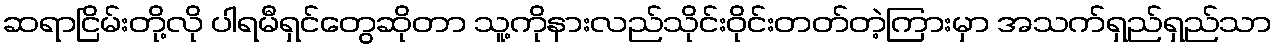
ဆရာငြိမ်းတို့လို ပါရမီရှင်တွေဆိုတာ သူ့ကိုနားလည်သိုင်းဝိုင်းတတ်တဲ့ကြားမှာ အသက်ရှည်ရှည်သာ